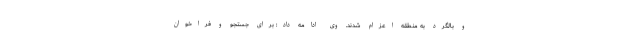
و بالگرد به منطقه اعزام شدند. وی ادامه داد: برای جستجو و فراخوان